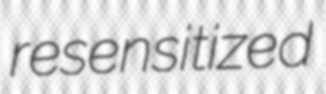
resensitized